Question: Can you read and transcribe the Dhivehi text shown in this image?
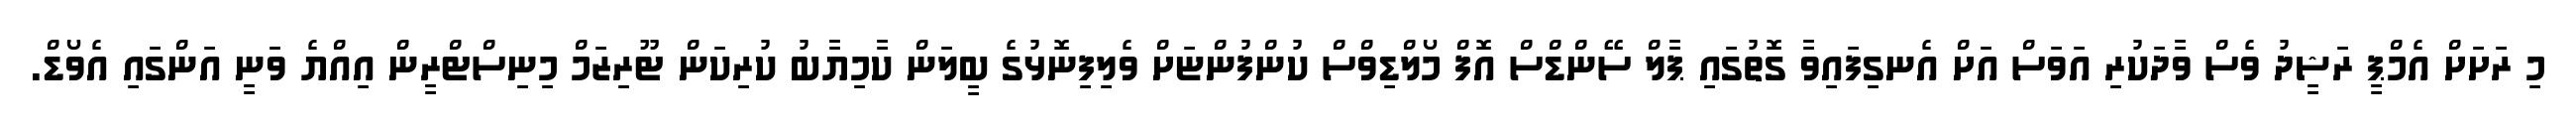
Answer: މި ރަށަށް އެމްޕީ ރަޝީދު ވެސް ވާދަކުރި އަވަސް އަށް އެނގިފައިވާ ގޮތުގައި ޕާލް ސޭންޑްސް އޮފް މޯލްޑިވްސް ކުންފުންޏަށް ވެލިފިނޮޅުގެ ބީލަން ކާމިޔާބު ކުރިކަން ޓޫރިޒަމް މިނިސްޓްރީން އިއްޔެ ވަނީ އަންގައި އެވޯޑް.